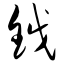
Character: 钺